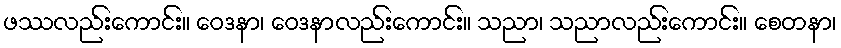
ဖဿလည်းကောင်း။ ဝေဒနာ၊ ဝေဒနာလည်းကောင်း။ သညာ၊ သညာလည်းကောင်း။ စေတနာ၊